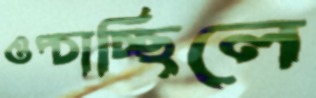
ওপ্‌চাচ্ছিলে